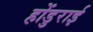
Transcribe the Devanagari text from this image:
होंडुराई